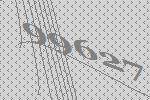
99627